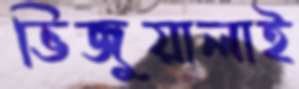
ভিজুয়ালাই